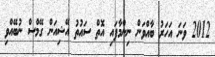
2012 ވަނަ އަހަރު ބާއްވަން ނިންމާފައި އޮތް ސައުތު އޭޝިއަން ގޭމްސް ނުބޭއްވި